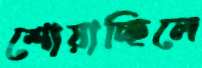
শোয়াচ্ছিলে